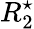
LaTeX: R_{2}^{\star}